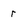
Character: r